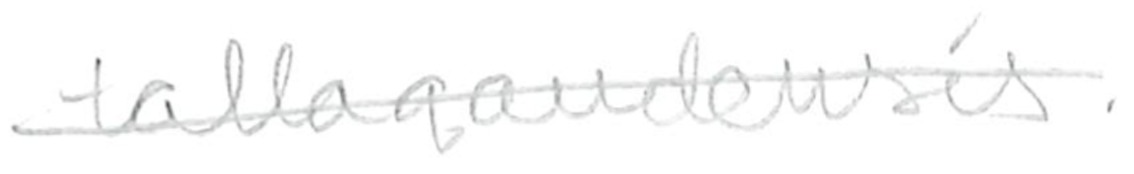
Text: tallagandensis.
Cross-out: single-line
Writing tool: pencil